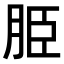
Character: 𦚠